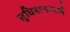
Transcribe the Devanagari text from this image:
लुधियानामार्गे